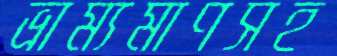
ভ্রাম্যমাণসহ